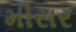
મીસર